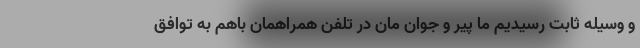
و وسیله ثابت رسیدیم ما پیر و جوان مان در تلفن همراهمان باهم به توافق